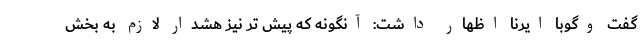
گفت وگوبا ایرنا اظهار داشت: آنگونه که پیش تر نیز هشدار لازم به بخش